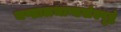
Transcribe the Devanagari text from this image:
चण्डालभाण्डसंस्पृष्टं